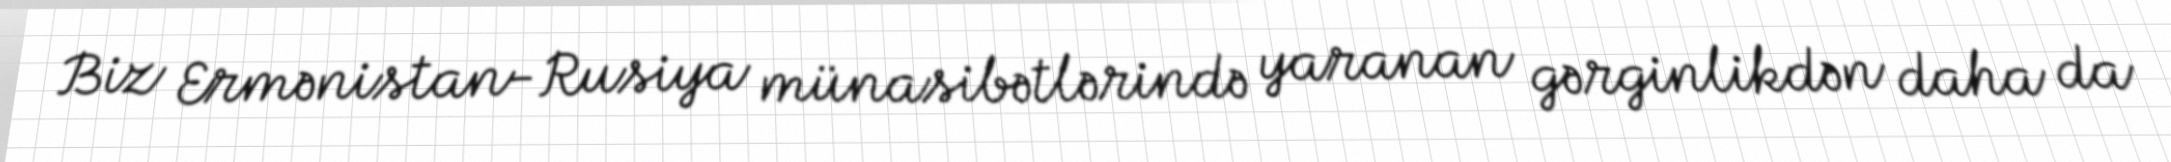
Biz Ermənistan-Rusiya münasibətlərində yaranan gərginlikdən daha da